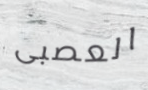
العصبى